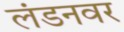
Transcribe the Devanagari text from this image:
लंडनवर